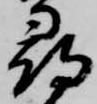
尋